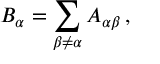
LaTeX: B _ { \alpha } = \sum _ { \beta \neq \alpha } A _ { \alpha \beta } \, ,